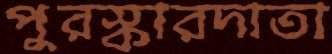
পুরস্কারদাতা